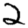
Digit: 2